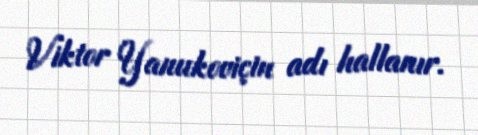
Viktor Yanukoviçin adı hallanır.